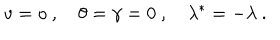
LaTeX: v = o \ , \quad \theta = \gamma = 0 \ , \quad \lambda ^ { * } = - \lambda \ .